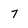
Character: 7